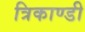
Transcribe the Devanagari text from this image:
त्रिकाण्डी